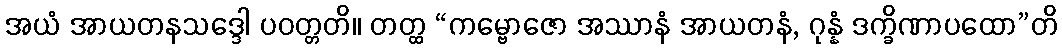
အယံ အာယတနသဒ္ဒေါ ပဝတ္တတိ။ တတ္ထ “ကမ္ဗောဇော အဿာနံ အာယတနံ, ဂုန္နံ ဒက္ခိဏာပထော”တိ